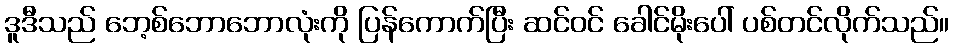
ဒူဒီသည် ဘေ့စ်ဘောဘောလုံးကို ပြန်ကောက်ပြီး ဆင်ဝင် ခေါင်မိုးပေါ် ပစ်တင်လိုက်သည်။